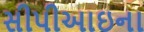
સીપીઆઇના